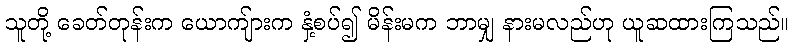
သူတို့ ခေတ်တုန်းက ယောကျ်ားက နှံ့စပ်၍ မိန်းမက ဘာမျှ နားမလည်ဟု ယူဆထားကြသည်။